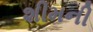
શીમની